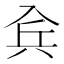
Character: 𠓫